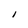
Character: I